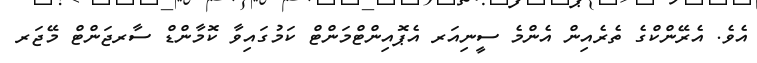
އެވެ. އެރޭންކްގެ ތެރެއިން އެންމެ ސީނިއަރ އެޕޮއިންޓްމަންޓް ކަމުގައިވާ ކޮމާންޑް ސާރޖަންޓް މޭޖަރ